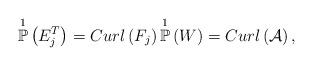
LaTeX: \begin{align*}\overset{1}{\mathbb{P}}\left( E^{T}_j\right) = Curl\left( F_{j} \right) \overset{1}{\mathbb{P}}\left( W \right) = Curl\left( \mathcal{A} \right),\end{align*}